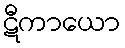
ဋီကာယော